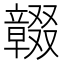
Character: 𠮒